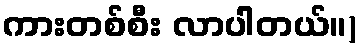
ကားတစ်စီး လာပါတယ်။)